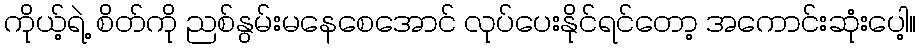
ကိုယ့်ရဲ့ စိတ်ကို ညစ်နွမ်းမနေစေအောင် လုပ်ပေးနိုင်ရင်တော့ အကောင်းဆုံးပေါ့။